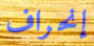
إنحراف